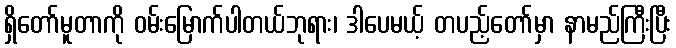
ရှိတော်မူတာကို ဝမ်းမြောက်ပါတယ်ဘုရား၊ ဒါပေမယ့် တပည့်တော်မှာ နာမည်ကြီးပြီး